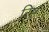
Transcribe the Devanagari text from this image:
रिष्ट